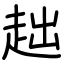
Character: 趉